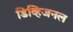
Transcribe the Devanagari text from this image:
डिव्हिजनल